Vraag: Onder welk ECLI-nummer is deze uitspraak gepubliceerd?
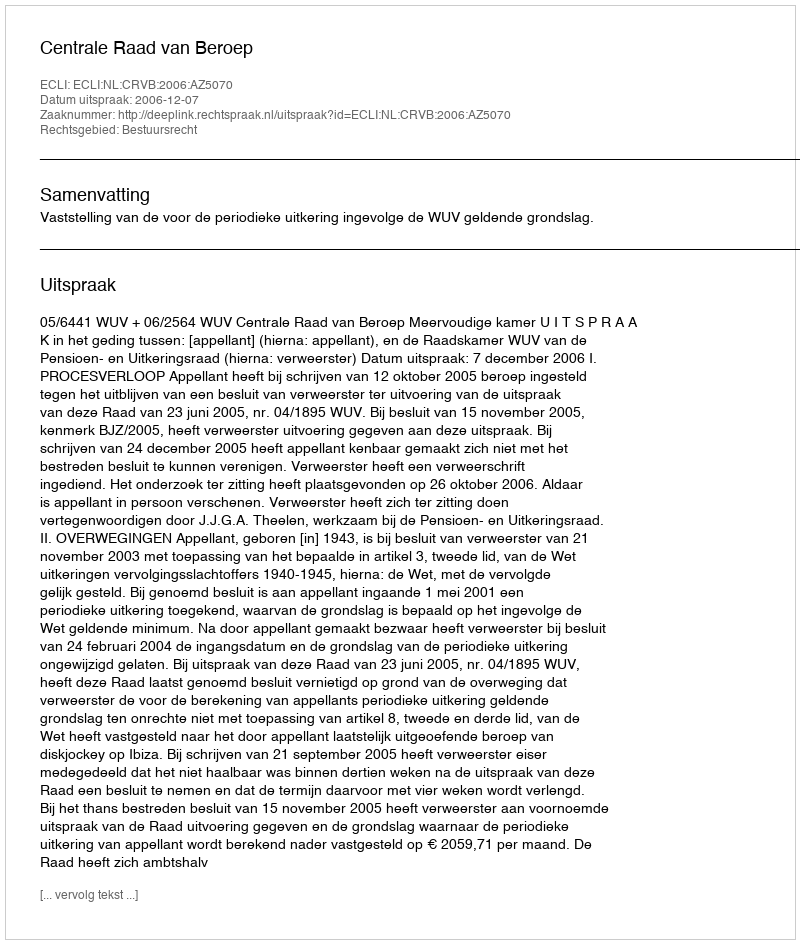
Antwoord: ECLI:NL:CRVB:2006:AZ5070